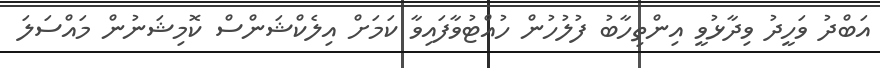
އަބްދު ވަހީދު ވިދާޅުވީ އިންތިހާބު ފުލުހުން ހުއްޓުވާފައިވާ ކަމަށް އިލެކްޝަންސް ކޮމިޝަނުން މައްސަލަ